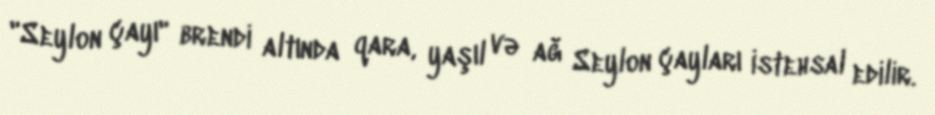
"Seylon çayı" brendi altında qara, yaşıl və ağ Seylon çayları istehsal edilir.